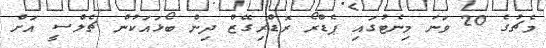
މެޗުގެ 20 ވަނަ މިނެޓުގައި ޕެޑްރޯ ރޮޑްރިގޭޒް ދިން ބޯޅައަކުން ޗެލްސީ އަށް